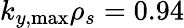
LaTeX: k_{y,\mathrm{max}}\rho_{s}=0.94